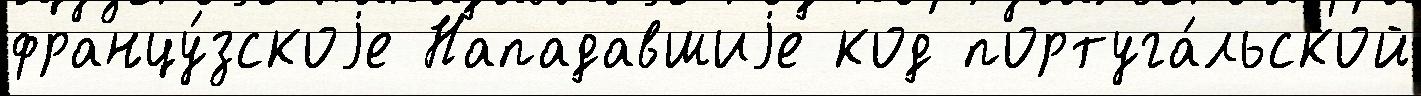
францу́зскоjе Нападавшиjе код португа́льской